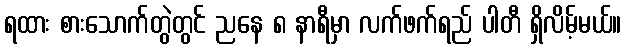
ရထား စားသောက်တွဲတွင် ညနေ ၈ နာရီမှာ လက်ဖက်ရည် ပါတီ ရှိလိမ့်မယ်။